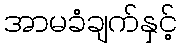
အာမခံချက်နှင့်